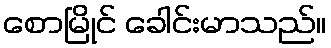
စောမြိုင် ခေါင်းမာသည်။